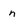
Character: n